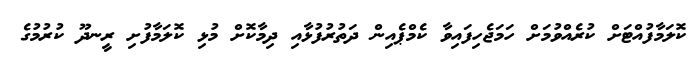
ކޮލަމާފުއްޓަށް ކުރެއްވުމަށް ހަމަޖެހިފައިވާ ކެމްޕެއިން ދަތުރުފުޅާއި ދިމާކޮށް މުޅި ކޮލަމާފުށި ރީނދޫ ކުރުމުގެ